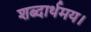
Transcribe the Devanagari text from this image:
शब्दार्थमय।